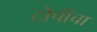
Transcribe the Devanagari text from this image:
टोपीचा